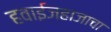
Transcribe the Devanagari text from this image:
हवाईजहाजाचा